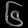
Digit: ၆